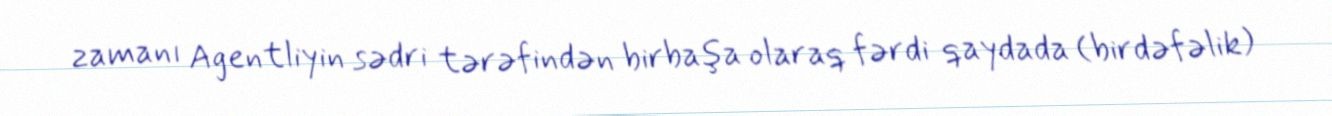
zamanı Agentliyin sədri tərəfindən birbaşa olaraq fərdi qaydada (birdəfəlik)